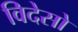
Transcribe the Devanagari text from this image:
विदेसो